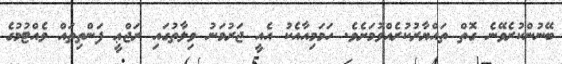
ބޭނުންކުރެވޭނެ ގޮތް ތައްޔާރުކުރެއްވުމަށެވެ. ހަމަމިއާއެކު އެއީ ޖަރުމަނު ވިލާތުގައި ރަޖްޢީ ފަންތިތައް ވެއްޓުމުގެ